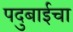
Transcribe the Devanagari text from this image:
पदुबाईचा